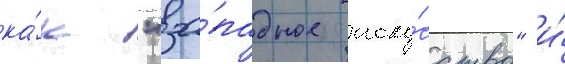
ка́к "за́падное иску́сство" и́